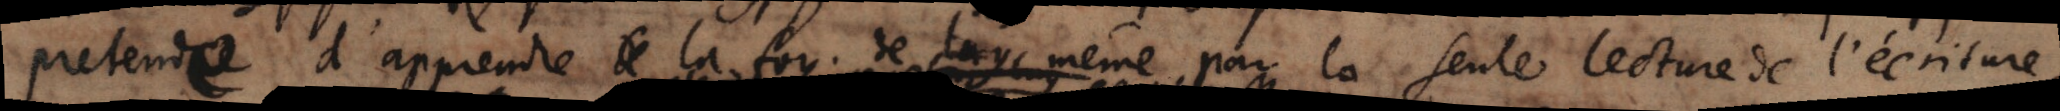
pretende d’apprendre la foy . de même par la seule lecture de l’écriture,